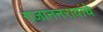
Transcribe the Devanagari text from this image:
गजाननरावांचे